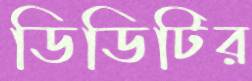
ডিডিটির